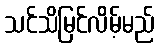
သင်သိမြင်လိမ့်မည်